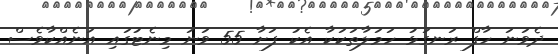
ދެވަނަ ހާފް ރަނގަޅު ހަމަލާތަކަކާ އެކު ފަށާ 55 ވަނަ މިނެޓުގައި އަނެއްކާވެސް